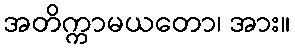
အတိက္ကာမယတော၊ အား။